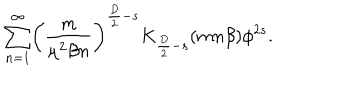
\sum _ { n = 1 } ^ { \infty } \biggl ( \frac { m } { \mu ^ { 2 } \beta n } \biggr ) ^ { \frac { D } { 2 } - s } K _ { \frac { D } { 2 } - s } ( m n \beta ) \phi ^ { 2 s } .